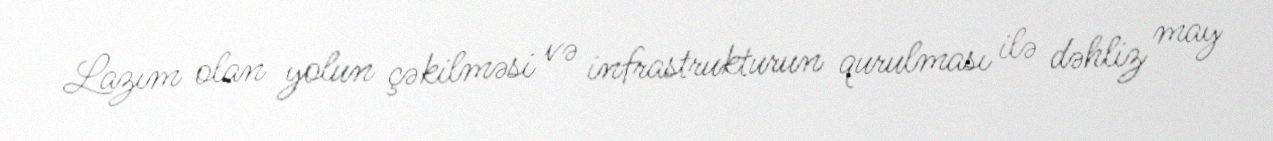
Lazım olan yolun çəkilməsi və infrastrukturun qurulması ilə dəhliz may